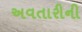
અવતારીની